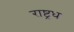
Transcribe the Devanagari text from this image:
राष्ट्रध